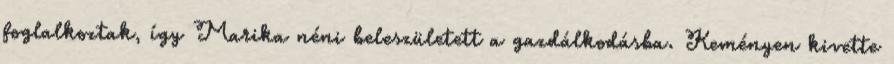
foglalkoztak, így Marika néni beleszületett a gazdálkodásba. Keményen kivette